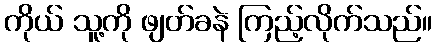
ကိုယ် သူ့ကို ဖျတ်ခနဲ ကြည့်လိုက်သည်။